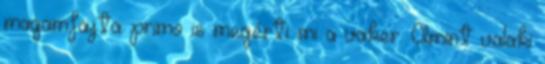
magamfajta primo is megérti mi a vaker. Amint valaki